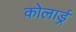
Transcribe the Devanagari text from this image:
कोलार्ड्र